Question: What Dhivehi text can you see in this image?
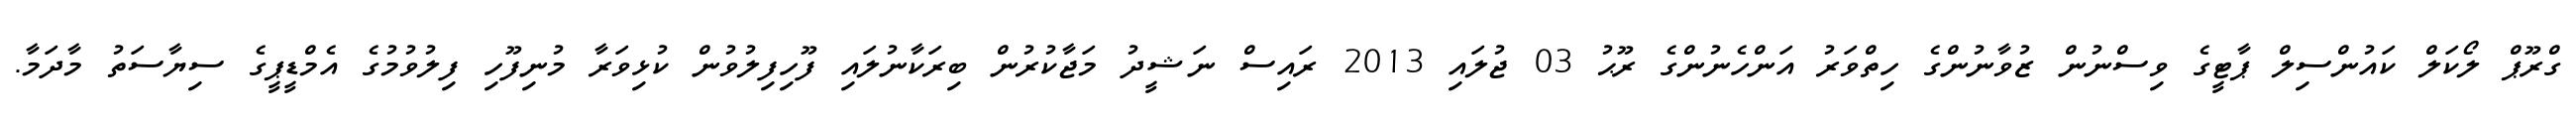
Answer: ގްރޫޕް ލޯކަލް ކައުންސިލް ޕާޓީގެ ވިސްނުން ޒުވާނުންގެ ހިތްވަރު އަންހެނުންގެ ރޫޙު 03 ޖުލައި 2013 ރައިސް ނަޝީދު މަޖާކުރުން ބިރަކާނުލައި ފޫހިފިލުވުން ކުޅިވަރާ މުނިފޫހި ފިލުވުމުގެ އެމްޑީޕީގެ ސިޔާސަތު މާދަމާ.